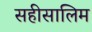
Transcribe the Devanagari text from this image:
सहीसालिम